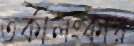
তর্কালংকার